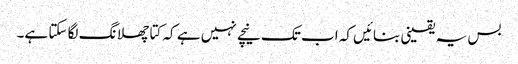
بس یہ یقینی بنائیں کہ اب تک نیچے نہیں ہے کہ کتا چھلانگ لگا سکتا ہے۔